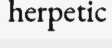
herpetic